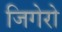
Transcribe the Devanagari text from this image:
जिगेरो